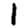
Digit: 1